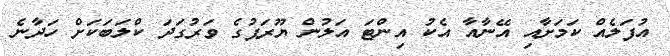
އުފަލެއް ކަމަށާއި އޭނާއާ އެކު އިންޓަ އަލުން ޔޫރަޕުގެ ވަރުގަދަ ކްލަބަކަށް ހަދާނެ